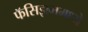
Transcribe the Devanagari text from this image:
फॅसिझममध्ये